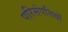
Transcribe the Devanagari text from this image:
परिसंपतियों